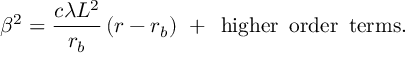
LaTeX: \beta ^ { 2 } = \frac { c \lambda L ^ { 2 } } { r _ { b } } \, ( r - r _ { b } ) \, \, + \, \, \, \mathrm { h i g h e r \, \, \, o r d e r \, \, \, t e r m s } .